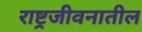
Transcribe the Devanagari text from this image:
राष्ट्रजीवनातील